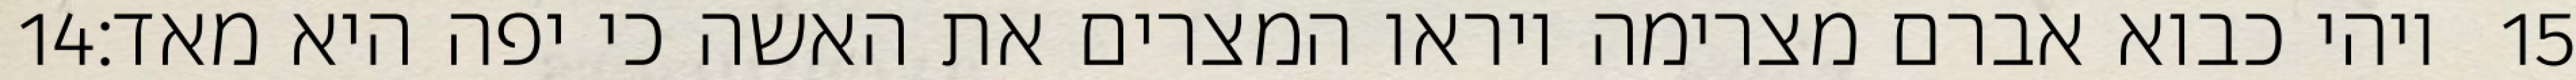
‎14‏ ויהי כבוא אברם מצרימה ויראו המצרים את האשה כי יפה היא מאד׃ ‎15‏